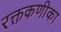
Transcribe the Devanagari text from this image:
रक्तकणीका